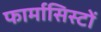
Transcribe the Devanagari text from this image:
फार्मासिस्टों